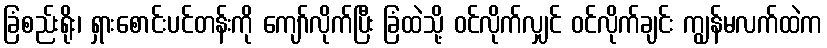
ခြံစည်းရိုး၊ ရှားစောင်းပင်တန်းကို ကျော်လိုက်ပြီး ခြံထဲသို့ ဝင်လိုက်လျှင် ဝင်လိုက်ချင်း ကျွန်မလက်ထဲက